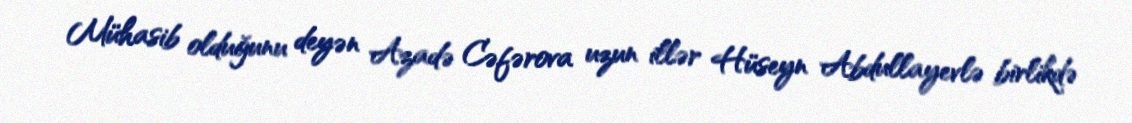
Mühasib olduğunu deyən Azadə Cəfərova uzun illər Hüseyn Abdullayevlə birlikdə